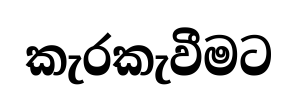
කැරකැවීමට